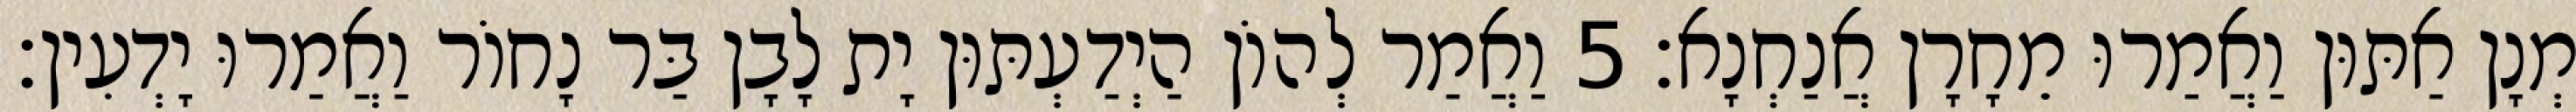
מְנָן אַתּוּן וַאֲמַרוּ מֵחָרָן אֲנַחְנָא׃ 5 וַאֲמַר לְהוֹן הַיְדַעְתּוּן יָת לָבָן בַּר נָחוֹר וַאֲמַרוּ יָדְעִין׃